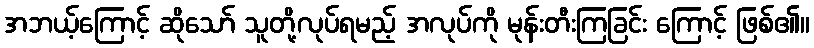
အဘယ့်ကြောင့် ဆိုသော် သူတို့လုပ်ရမည့် အလုပ်ကို မုန်းတီးကြခြင်း ကြောင့် ဖြစ်၏။